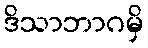
ဒိသာဘာဂမှိ